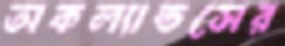
অকল্যান্ডসের